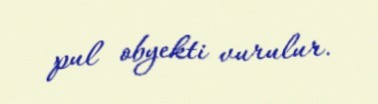
pul obyekti vurulur.